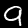
Digit: 9